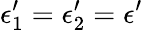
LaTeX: \epsilon_{1}^{\prime}=\epsilon_{2}^{\prime}=\epsilon^{\prime}